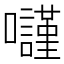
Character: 𡄾